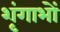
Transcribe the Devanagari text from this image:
शृंगाभों